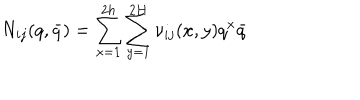
N _ { i j } ( q , \bar { q } ) = \sum _ { x = 1 } ^ { 2 h } \sum _ { y = 1 } ^ { 2 H } \nu _ { i j } ( x , y ) q ^ { x } \bar { q }